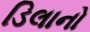
ડિલાનો